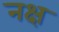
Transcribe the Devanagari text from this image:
नक्ष